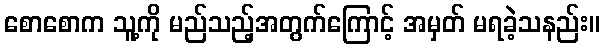
စောစောက သူ့ကို မည်သည့်အတွက်ကြောင့် အမှတ် မရခဲ့သနည်း။